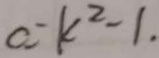
a - k ^ { 2 } - 1 .